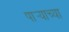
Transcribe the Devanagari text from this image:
पार्‍याच्या